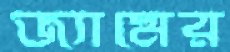
জ্যামের